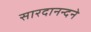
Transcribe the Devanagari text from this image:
सारदानन्दने